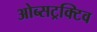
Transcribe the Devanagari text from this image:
ओब्सट्रक्टिव